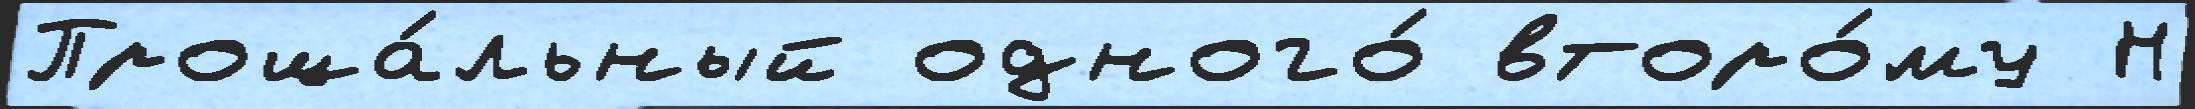
Проща́льный одного́ второ́му Н